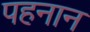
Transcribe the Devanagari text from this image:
पहनान